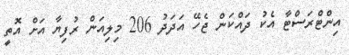
އިންޓްރަސްޓާ އެކު ދައްކަން ޖެހޭ އަދަދު 206 މިލިއަން ރުފިޔާ އަށް އޮތީ